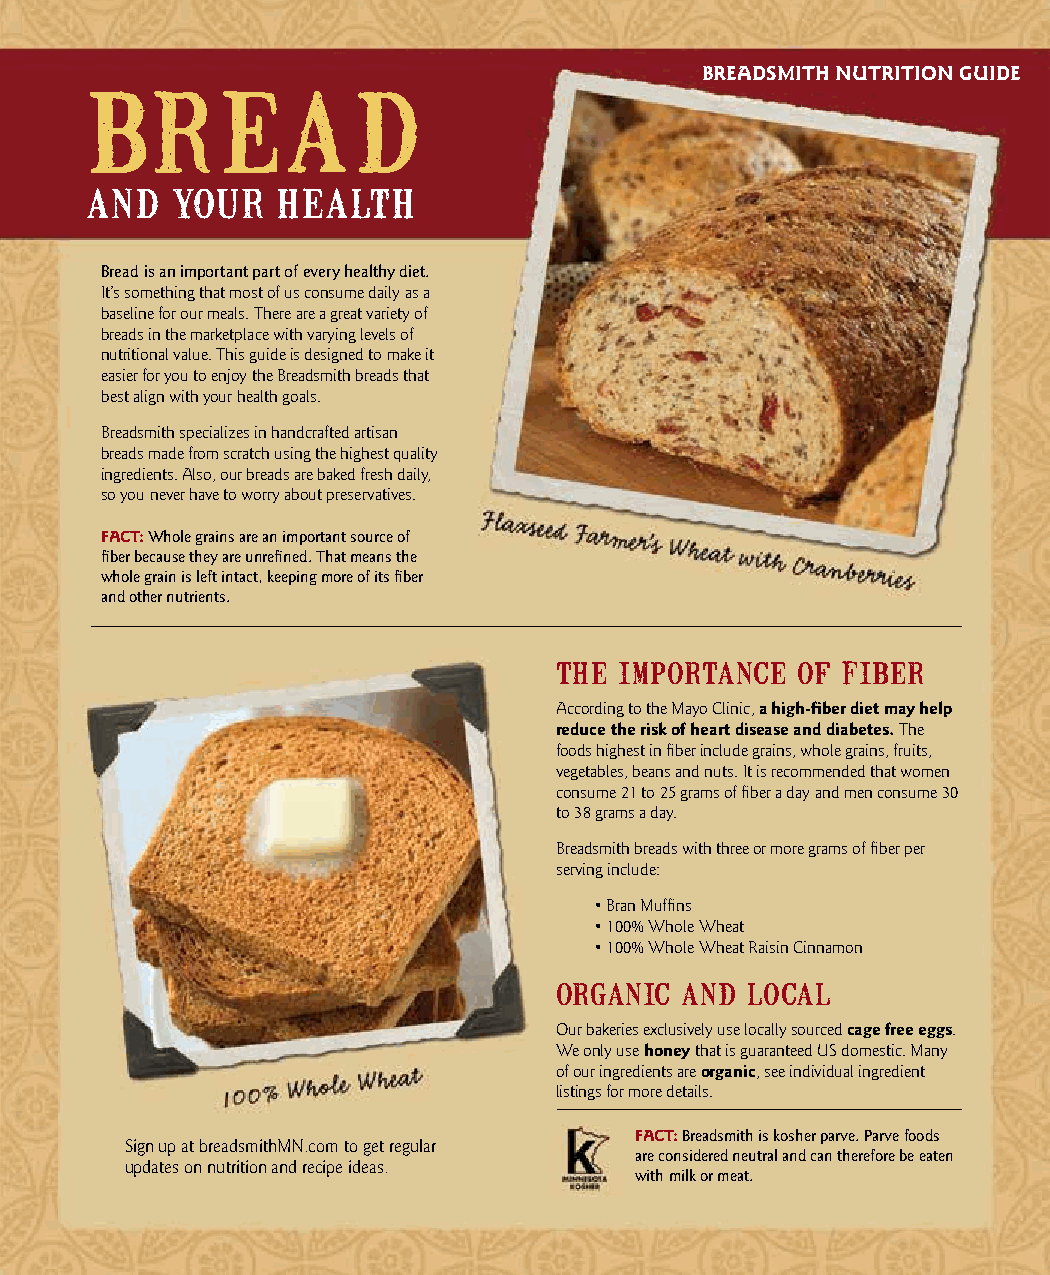
br       ead                             BREADSMITH NUTRITION GUIDE
 and  your   health
 Bread is an important part of every healthy diet.
 It’s something that most of us consume daily as a
 baseline for our meals. There are a great variety of
 breads in the marketplace with varying levels of
 nutritional value. This guide is designed to make it
 easier for you to enjoy the Breadsmith breads that
 best align with your health goals.
 Breadsmith specializes in handcrafted artisan
 breads made from scratch using the highest quality
 ingredients. Also, our breads are baked fresh daily,
 so you never have to worry about preservatives.
 FACT: Whole grains are an important source of
 fiber because they are unrefined. That means the
 whole grain is left intact, keeping more of its fiber
 and other nutrients.
 the importance  of  iber
 F
 According to the Mayo Clinic, a high-fiber diet may help
 reduce the risk of heart disease and diabetes. The
 foods highest in fiber include grains, whole grains, fruits,
 vegetables, beans and nuts. It is recommended that women
 consume 21 to 25 grams of fiber a day and men consume 30
 to 38 grams a day.
 Breadsmith breads with three or more grams of fiber per
 serving include:
 • Bran Muffins
 • 100% Whole Wheat
 • 100% Whole Wheat Raisin Cinnamon
 organic and local
 Our bakeries exclusively use locally sourced cage free eggs.
 We only use honey that is guaranteed US domestic. Many
 of our ingredients are organic, see individual ingredient
 listings for more details.
 FACT: Breadsmith is kosher parve. Parve foods
 Sign up at breadsmithMN.com to get regular
 are considered neutral and can therefore be eaten
 updates on nutrition and recipe ideas.
 with milk or meat.